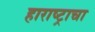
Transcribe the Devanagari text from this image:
हाराष्ट्राचा